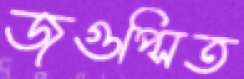
জুগুপ্সিত